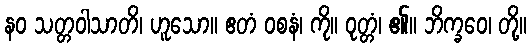
နဝ သတ္တဝါသာတိ၊ ဟူသော။ ဧတံ ဝစနံ၊ ကို။ ဝုတ္တံ၊ ၏။ ဘိက္ခဝေ၊ တို့။